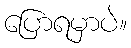
ပြောရမှာပဲ။